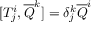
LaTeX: [ T _ { j } ^ { i } , { \overline { { Q } } } ^ { k } ] = \delta _ { j } ^ { k } { \overline { { Q } } } ^ { i }